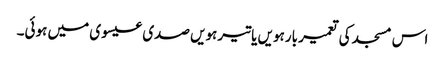
اس مسجد کی تعمیر بارہویں یا تیرہویں صدی عیسوی میں ہوئی۔